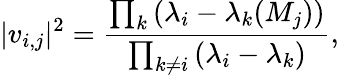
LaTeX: |v_{i,j}|^{2}={\frac{\prod_{k}{(\lambda_{i}-\lambda_{k}(M_{j}))}}{\prod_{k\neq i}{(\lambda_{i}-\lambda_{k})}}},